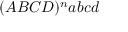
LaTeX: ( A B C D ) ^ { n } a b c d